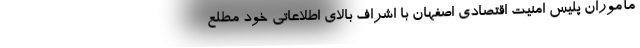
مأموران پلیس امنیت اقتصادی اصفهان با اشراف بالای اطلاعاتی خود مطلع